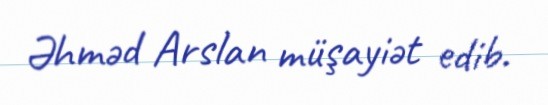
Əhməd Arslan müşayiət edib.